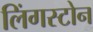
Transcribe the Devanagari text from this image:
लिंगस्टोन